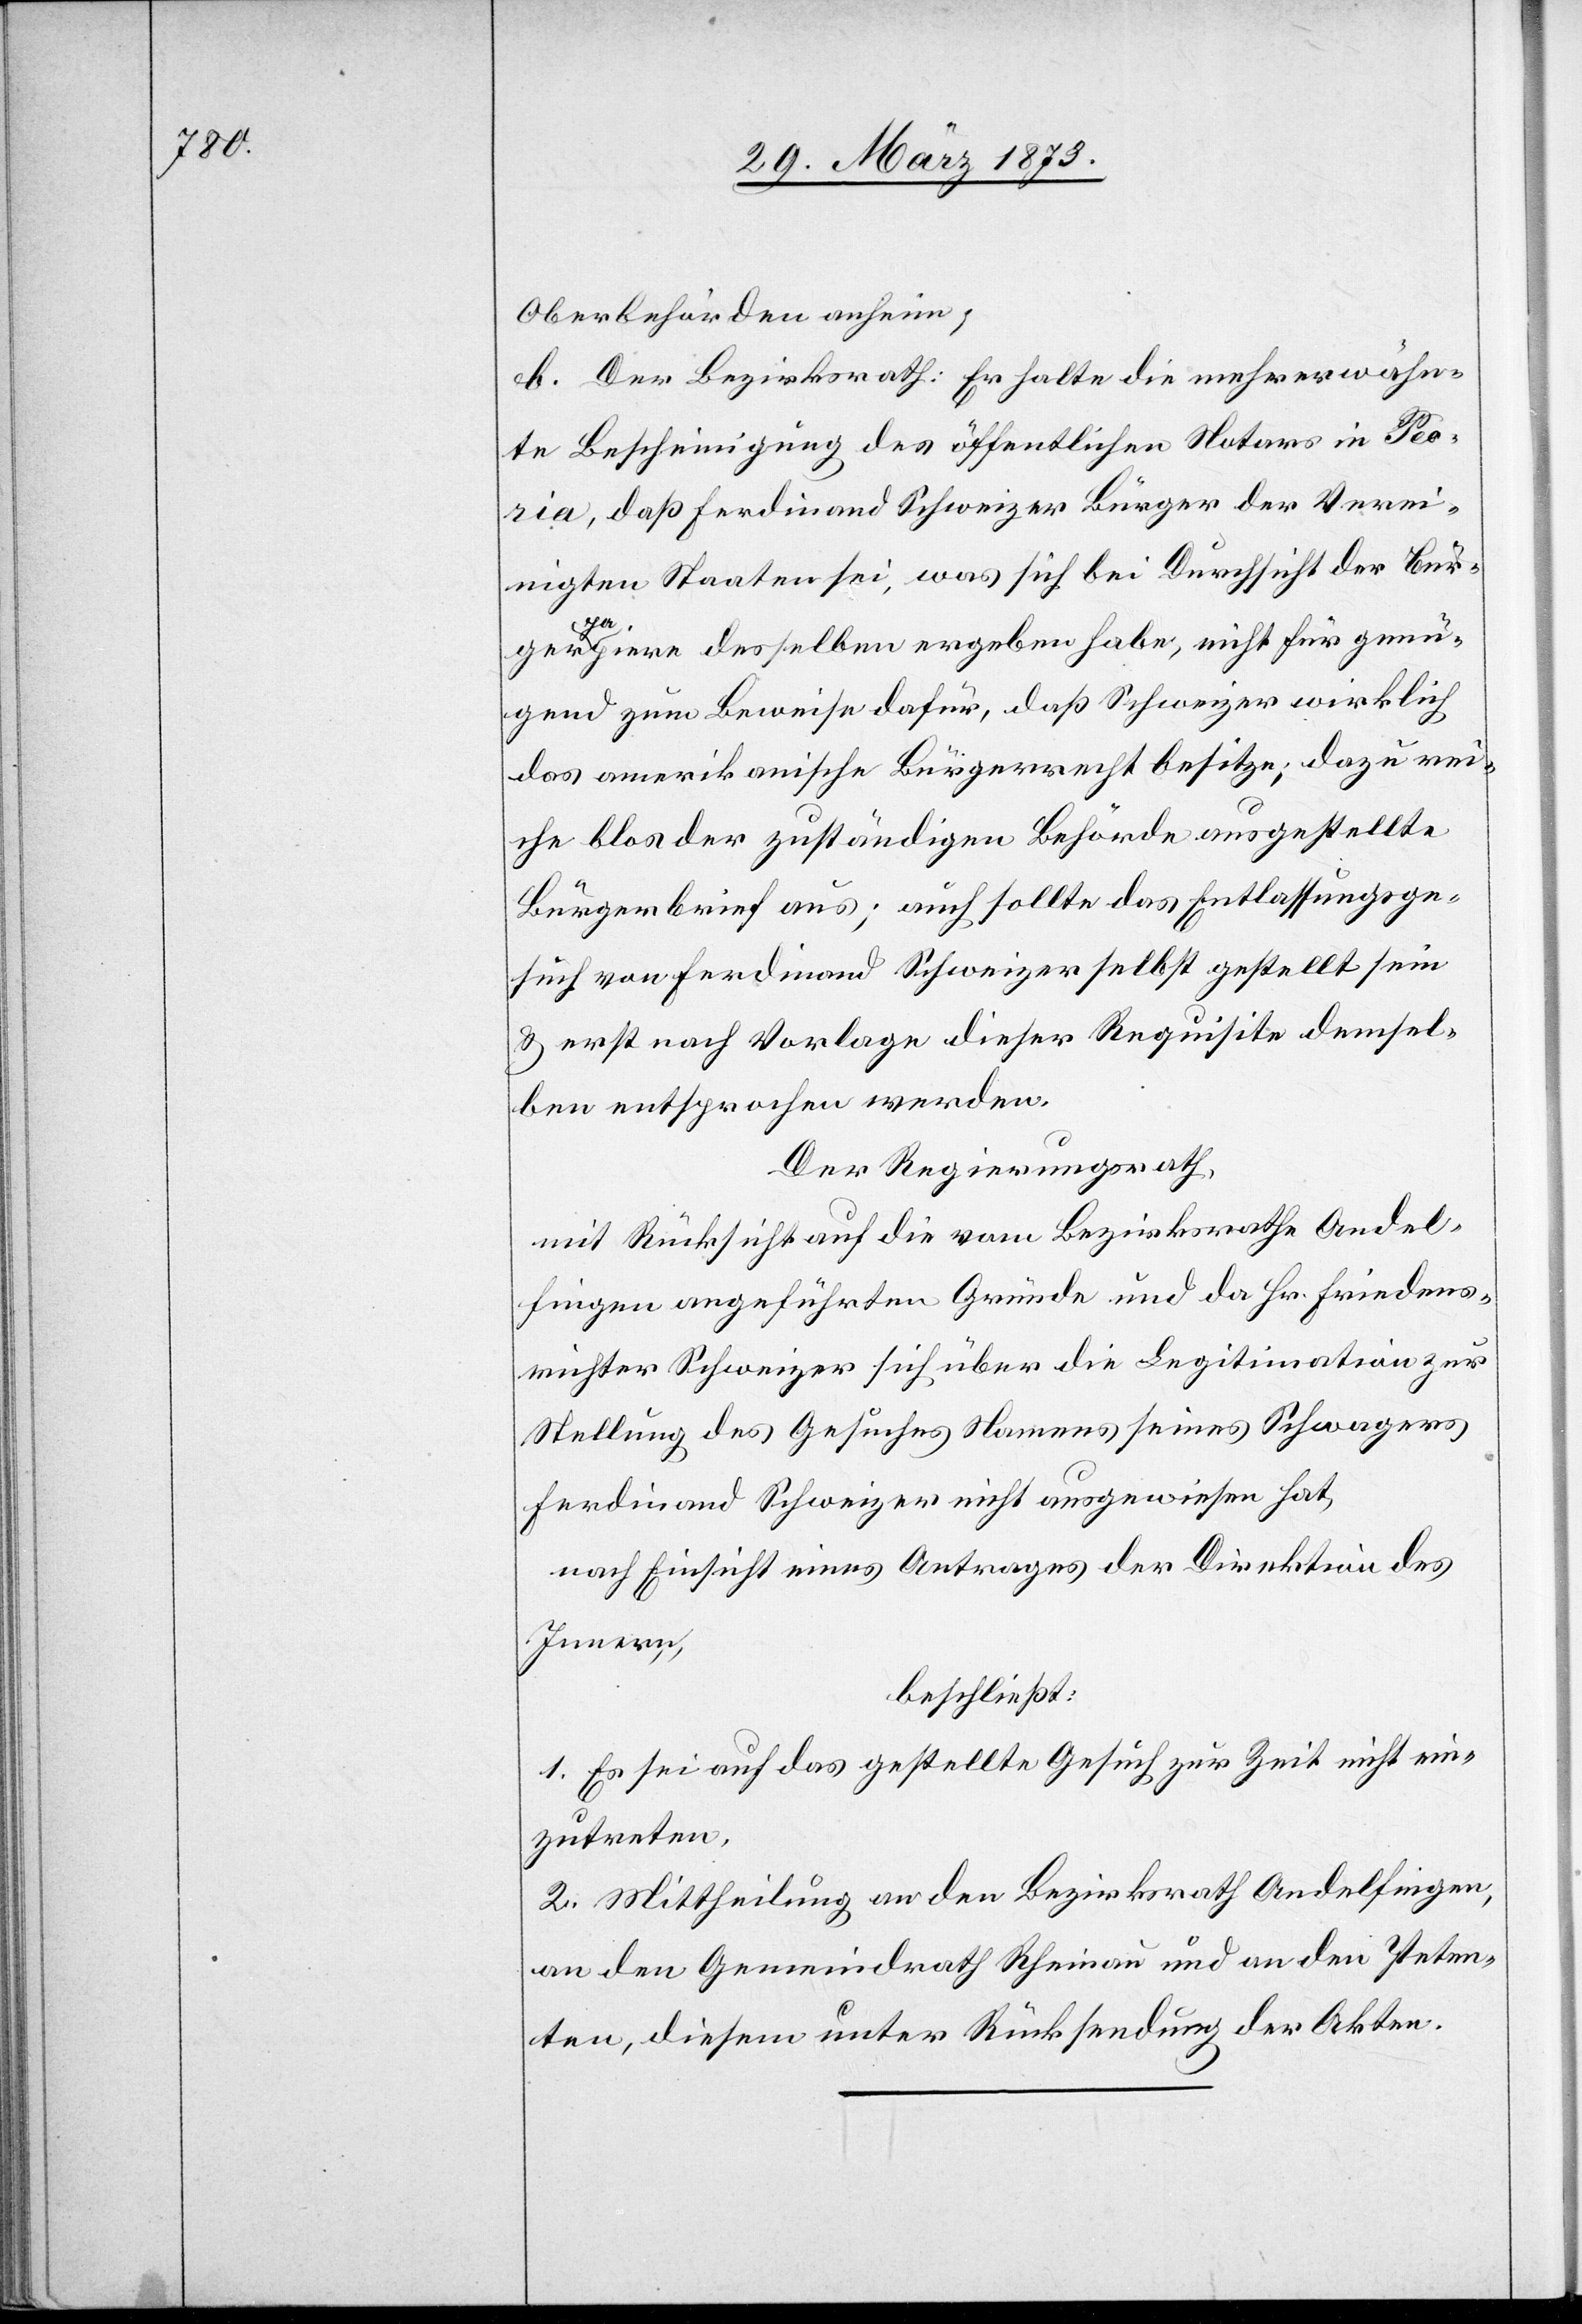
Oberbehörden anheim;
b. Der Bezirksrath: Er halte die mehrerwähn¬
te Bescheinigung des öffentlichen Notars in Peor¬
ia, daß Ferdinand Schweizer Bürger der Verei¬
nigten Staaten sei, was sich bei Durchsicht der Bür¬
gerpapiere desselben ergeben habe, nicht für genü¬
gend zum Beweise dafür, daß Schweizer wirklich
das amerikanische Bürgerrecht besitze; dazu rei¬
che blos der zuständigen Behörde ausgestellte
Bürgerbrief aus; auch sollte das Entlassungsge¬
such von Ferdinand Schweizer selbst gestellt sein
u. erst nach Vorlage dieser Requisite demsel¬
ben entsprochen werden.
Der Regierungsrath,
mit Rücksicht auf die vom Bezirksrathe Andel¬
fingen angeführten Gründe und da Hr. Friedens¬
richter Schweizer sich über die Legitimation zur
Stellung des Gesuches Namens seines Schwagers
Ferdinand Schweizer nicht ausgewiesen hat,
beschließt:
1. Es sei auf das gestellte Gesuch zur Zeit nicht ein¬
zutreten.
2. Mittheilung an den Bezirksrath Andelfingen ,
an den Gemeindrath Rheinau und an den Peten¬
ten, diesem unter Rücksendung der Akten.